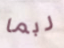
ربما